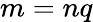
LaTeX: m=nq